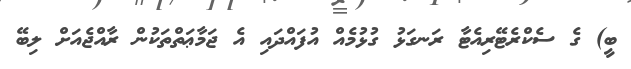
ބީ) ގެ ސެކްރެޓޭރިއެޓާ ރަނގަޅު ގުޅުމެއް އުފައްދައި އެ ޖަމާޢަތްތަކުން ރާއްޖެއަށް ލިބޭ